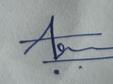
Signature authenticity: genuine